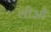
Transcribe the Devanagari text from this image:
लीआैं